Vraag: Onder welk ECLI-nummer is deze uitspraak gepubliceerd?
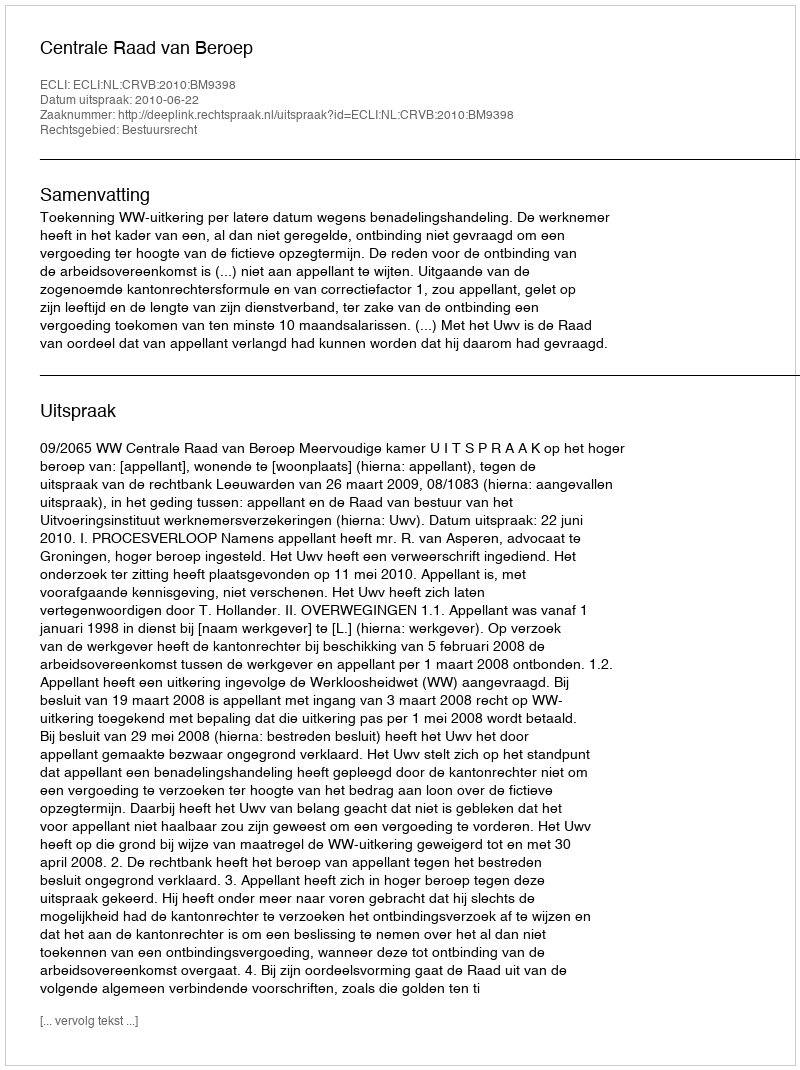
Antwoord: ECLI:NL:CRVB:2010:BM9398